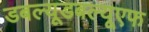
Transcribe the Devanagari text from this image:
डबल्यूडबल्यूएफ